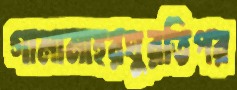
গামামাহরঘুরতিপর